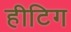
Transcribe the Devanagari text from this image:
हीटिग